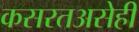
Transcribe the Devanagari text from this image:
कसरतअसेही